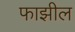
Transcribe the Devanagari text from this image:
फाझील